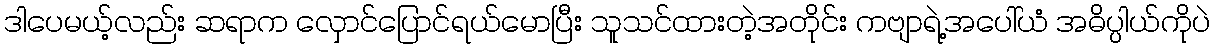
ဒါပေမယ့်လည်း ဆရာက လှောင်ပြောင်ရယ်မောပြီး သူသင်ထားတဲ့အတိုင်း ကဗျာရဲ့အပေါ်ယံ အဓိပ္ပါယ်ကိုပဲ